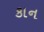
કાન